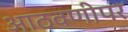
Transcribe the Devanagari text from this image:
आठवणीपर